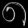
Digit: ၈